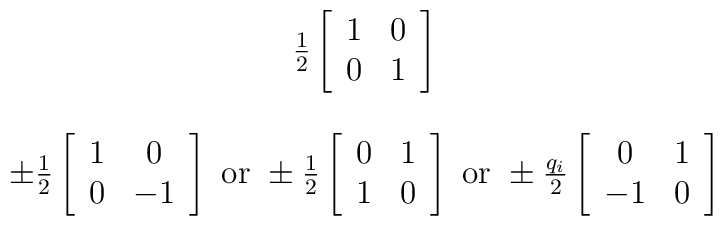
\begin{array}{c}\frac{1}{2}\left[\begin{array}{cc}1 &0 \\ 0 &1 \\\end{array}\right] \\ \\ \pm\frac{1}{2}\left[\begin{array}{cc}1 &0 \\ 0 &-1\\ \end{array}\right] \mbox{ or } \pm\frac{1}{2}\left[\begin{array}{cc}0 &1 \\ 1 &0\\ \end{array}\right] \mbox{ or } \pm\frac{q_{i}}{2}\left[\begin{array}{cc}0 &1 \\ -1 &0\\ \end{array}\right]\end{array}